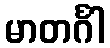
မာတင်္ဂါ